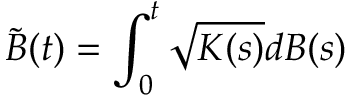
\tilde { B } ( t ) = \int _ { 0 } ^ { t } \sqrt { K ( s ) } d B ( s )